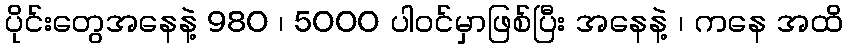
ပိုင်းတွေအနေနဲ့ 980 ၊ 5000 ပါဝင်မှာဖြစ်ပြီး အနေနဲ့ ၊ ကနေ အထိ